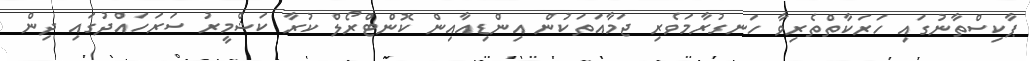
ޕާކިސްތާނުގައި ހަރަކާތްތެރިވާ ހަނގުރާމަވެރި ޖަމާއަތަކުން އިންޑިއާއިން ކޮންޓްރޯލް ކުރާ ކަޝްމީރު ސަރަހައްދުގައި ދިން